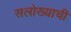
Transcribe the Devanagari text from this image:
सलोख्याची